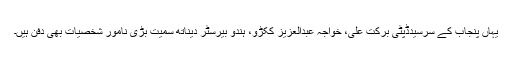
یہاں پنجاب کے سرسیدڈپٹی برکت علی، خواجہ عبدالعزیز ککڑو، ہندو بیرسٹر دیناتھ سمیت بڑی نامور شخصیات بھی دفن ہیں۔